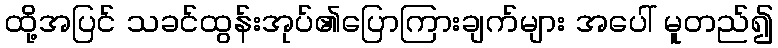
ထို့အပြင် သခင်ထွန်းအုပ်၏ပြောကြားချက်များ အပေါ် မူတည်၍